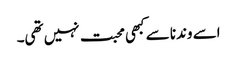
اسے وندنا سے کبھی محبت نہیں تھی۔